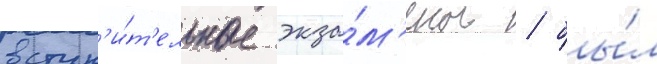
вступ'и́т'ельные экза́м'ены / бы́л